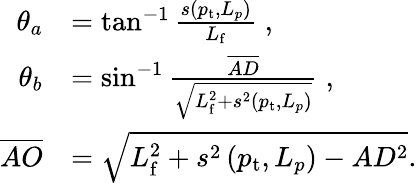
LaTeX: \begin{array}{rl}{\theta_{a}}&{=\tan^{-1}\frac{s\left(p_{\mathrm{t}},L_{p}\right)}{L_{\mathrm{f}}}\; ,}\\ {\theta_{b}}&{=\sin^{-1}\frac{\overline{{AD}}}{\sqrt{L_{\mathrm{f}}^{2}+s^{2}\left(p_{\mathrm{t}},L_{p}\right)}}\; ,}\\ {\overline{{AO}}}&{=\sqrt{L_{\mathrm{f}}^{2}+s^{2}\left(p_{\mathrm{t}},L_{p}\right)-AD^{2}}.}\end{array}